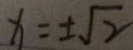
x = \pm \sqrt { 2 }